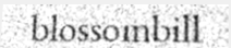
blossombill